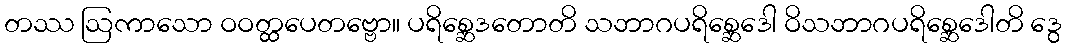
တဿ ဩကာသော ဝဝတ္ထပေတဗ္ဗော။ ပရိစ္ဆေဒတောတိ သဘာဂပရိစ္ဆေဒေါ ဝိသဘာဂပရိစ္ဆေဒေါတိ ဒွေ